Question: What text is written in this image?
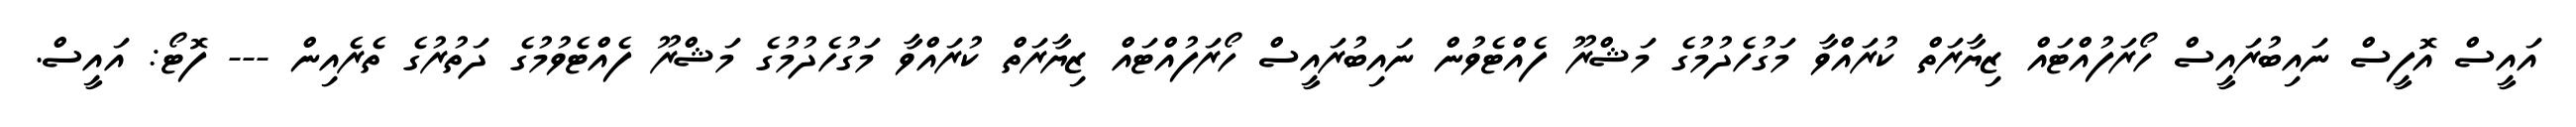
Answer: އައީސް އޮފީސް ނައިބުރައީސް ހޯރަފުއްޓައް ޒިޔާރަތް ކުރައްވާ މަގުހެދުމުގެ މަޝްރޫ ފެއްޓެވުން ނައިބުރައީސް ހޯރަފުއްޓައް ޒިޔާރަތް ކުރައްވާ މަގުހެދުމުގެ މަޝްރޫ ފެއްޓެވުމުގެ ދަތުރުގެ ތެރެއިން --- ފޮޓޯ: އައީސް.